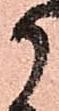
か